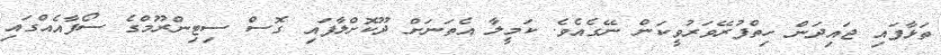
ތަޅާފައި ޖައިދަން ހިތްފުރޭވަރުވީކަން ނޭގެއެވެ. ކަމީލާ އެތަނަށް ދޫކޮށްލާފައި ގޮސް ސިޓިންރޫމްގެ ސޯފާއެއްގައި